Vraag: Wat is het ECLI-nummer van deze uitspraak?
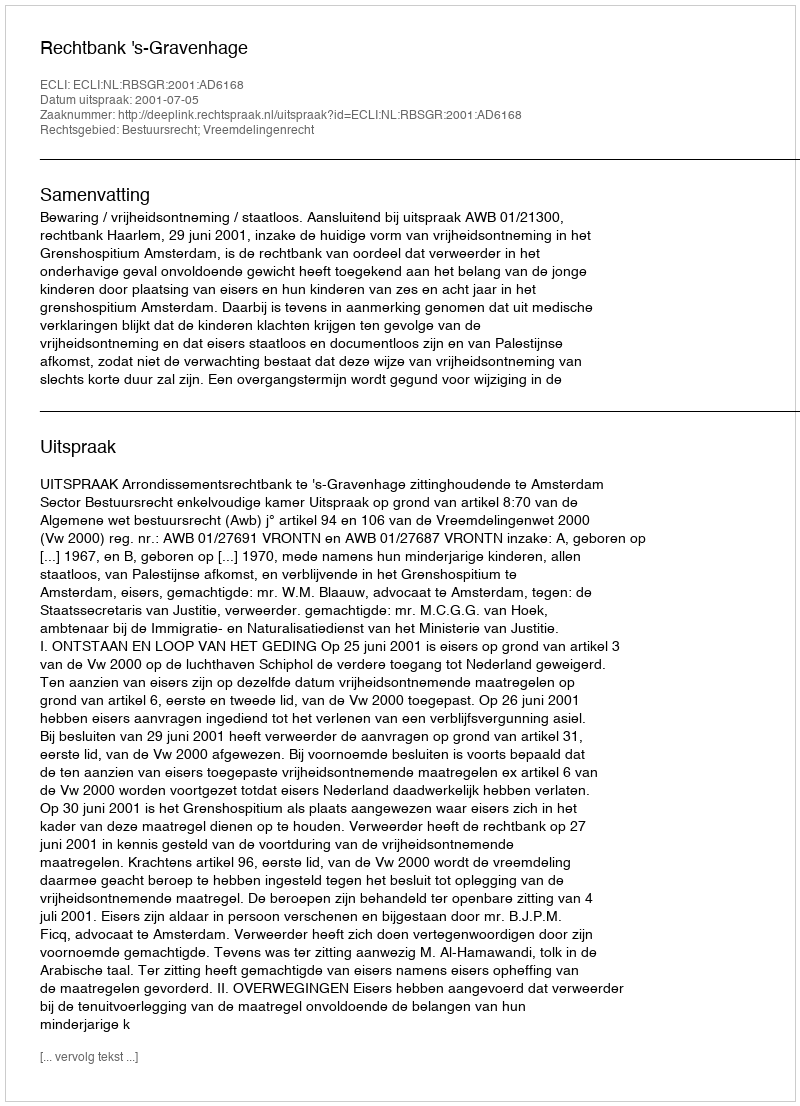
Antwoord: ECLI:NL:RBSGR:2001:AD6168